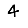
Digit: 4